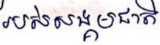
របស់សង្គមជាតិ